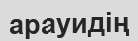
арауидің